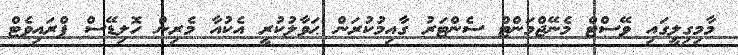
މާމިގިލީގައި ވޭސްޓް މެނޭޖްމަންޓް ސެންޓަރު ގާއިމުކުރަން ޙަވާލުކުރީ އެކުއާ މެރިން ހޮލިޑޭސް ޕްރައިވެޓް